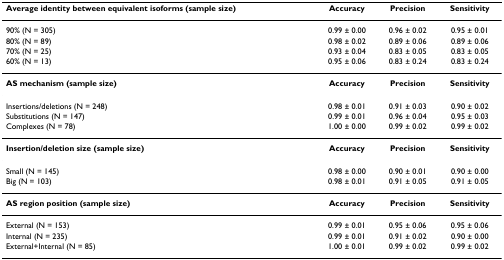
| Average identity between equivalent isoforms (sample size) | Accuracy | Precision | Sensitivity |
 | --- | --- | --- | --- |
 | 90% (N = 305) | 0.99 ± 0.00 | 0.96 ± 0.02 | 0.95 ± 0.01 |
 | 80% (N = 89) | 0.98 ± 0.02 | 0.89 ± 0.06 | 0.89 ± 0.06 |
 | 70% (N = 25) | 0.93 ± 0.04 | 0.83 ± 0.05 | 0.83 ± 0.05 |
 | 60% (N = 13) | 0.95 ± 0.06 | 0.83 ± 0.24 | 0.83 ± 0.24 |
 | AS mechanism (sample size) | Accuracy | Precision | Sensitivity |
 | Insertions/deletions (N = 248) | 0.98 ± 0.01 | 0.91 ± 0.03 | 0.90 ± 0.02 |
 | Substitutions (N = 147) | 0.99 ± 0.01 | 0.96 ± 0.04 | 0.95 ± 0.03 |
 | Complexes (N = 78) | 1.00 ± 0.00 | 0.99 ± 0.02 | 0.99 ± 0.02 |
 | Insertion/deletion size (sample size) | Accuracy | Precision | Sensitivity |
 | Small (N = 145) | 0.98 ± 0.00 | 0.90 ± 0.01 | 0.90 ± 0.00 |
 | Big (N = 103) | 0.98 ± 0.01 | 0.91 ± 0.05 | 0.91 ± 0.05 |
 | AS region position (sample size) | Accuracy | Precision | Sensitivity |
 | External (N = 153) | 0.99 ± 0.01 | 0.95 ± 0.06 | 0.95 ± 0.06 |
 | Internal (N = 235) | 0.99 ± 0.01 | 0.91 ± 0.02 | 0.90 ± 0.00 |
 | External+Internal (N = 85) | 1.00 ± 0.01 | 0.99 ± 0.02 | 0.99 ± 0.02 |